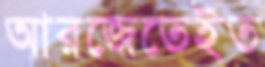
আরজেতেইত